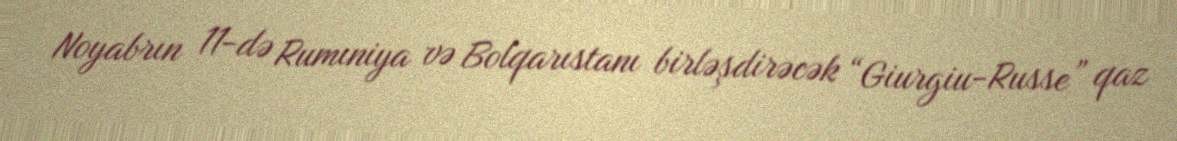
Noyabrın 11-də Rumıniya və Bolqarıstanı birləşdirəcək “Giurgiu-Russe” qaz